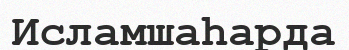
Исламшаһарда